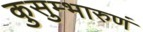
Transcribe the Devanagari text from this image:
कुसुम्भारुणं